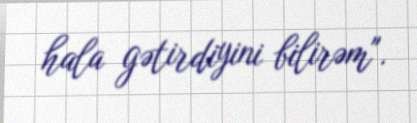
hala gətirdiyini bilirəm".